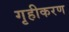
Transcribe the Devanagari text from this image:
गृहीकरण